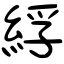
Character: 綒